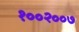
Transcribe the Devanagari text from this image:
१००२००७